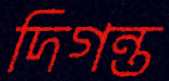
দিগন্ত